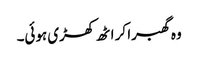
وہ گھبرا کر اٹھ کھڑی ہوئی۔